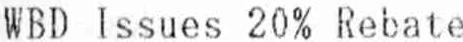
WBD ISSUES 20% REBATE